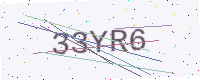
Text: 33YR6